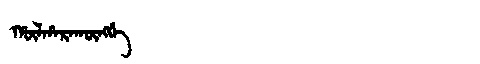
Manchu: ᡥᡡᠯᡥᠠᡵᠠᡴᡡᠩᡤᡝ
Romanization: HŪLHARAKŪNGGE